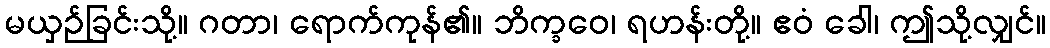
မယှဉ်ခြင်းသို့။ ဂတာ၊ ရောက်ကုန်၏။ ဘိက္ခဝေ၊ ရဟန်းတို့။ ဧဝံ ခေါ၊ ဤသို့လျှင်။